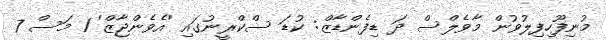
މުނިފޫހިފިލުވުން މާވެލްސް ދަ ޑިފެންޑާޒް: ކުޑަ ސްކްރީނުގައި 'އެވެންޖާޒް' 1 މަސް 7